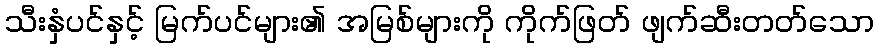
သီးနှံပင်နှင့် မြက်ပင်များ၏ အမြစ်များကို ကိုက်ဖြတ် ဖျက်ဆီးတတ်သော